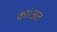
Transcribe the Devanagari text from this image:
का।अत